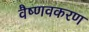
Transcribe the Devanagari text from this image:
वैष्णवकरण